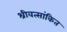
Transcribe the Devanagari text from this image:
श्रीवत्सांकित